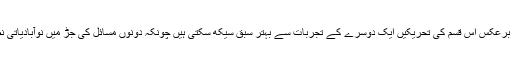
اس کے برعکس اس قسم کی تحریکیں ایک دوسرے کے تجربات سے بہتر سبق سیکھ سکتی ہیں چونکہ دونوں مسائل کی جڑ میں نوآبادیاتی نظام ہے۔